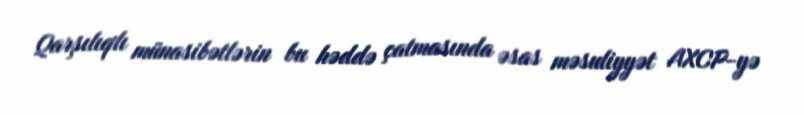
Qarşılıqlı münasibətlərin bu həddə çatmasında əsas məsuliyyət AXCP-yə